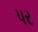
પર